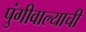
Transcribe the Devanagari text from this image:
पुंगीवाल्याची